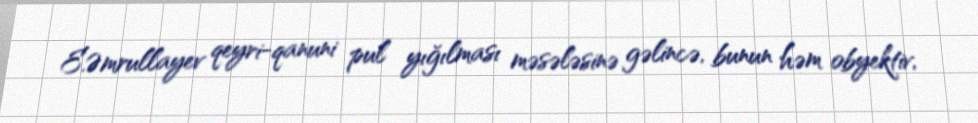
E.Əmrullayev qeyri-qanuni pul yığılması məsələsinə gəlincə, bunun həm obyektiv,